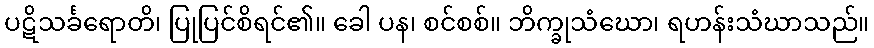
ပဋိသင်္ခရောတိ၊ ပြုပြင်စိရင်၏။ ခေါ ပန၊ စင်စစ်။ ဘိက္ခုသံဃော၊ ရဟန်းသံဃာသည်။